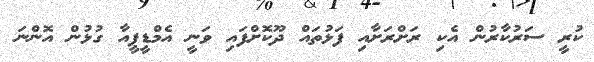
ކުރީ ސަރުކާރުން އެކި ރަށްރަށާއި ފަޅުތައް ދޫކޮށްފައި ވަނީ އެމްޑީޕީއާ ގުޅުން އޮންނަ